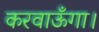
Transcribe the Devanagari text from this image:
करवाऊँगा।